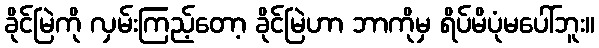
ခိုင်မြဲကို လှမ်းကြည့်တော့ ခိုင်မြဲဟာ ဘာကိုမှ ရိပ်မိပုံမပေါ်ဘူး။